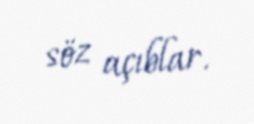
söz açıblar.